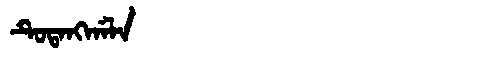
Manchu: ᡨᡠᡨᠠᠩᡤᠠᠯᠠ
Romanization: TUTANGGALA